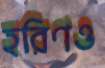
হরিণও